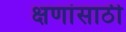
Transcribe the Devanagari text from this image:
क्षणांसाठी